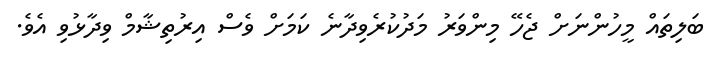
ބަލިތައް މީހުންނަށް ޖެހޭ މިންވަރު މަދުކުރެވިދާނެ ކަމަށް ވެސް އިރުތިޝާމް ވިދާޅުވި އެވެ.